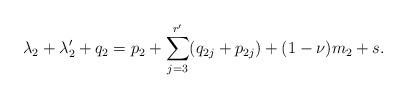
LaTeX: \begin{align*} \lambda_2+\lambda_2'+q_2=p_2+\sum_{j=3}^{r'}(q_{2j}+p_{2j})+(1-\nu)m_2+s.\end{align*}